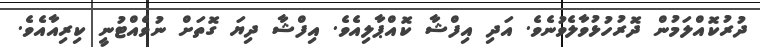
ދުރުކޮއްލަމުން ދޮރުހުޅުވާލެވުނެވެ. އަދި އިފްޝާ ކޮއްޕާލިއެވެ. އިފްޝާ ދިޔަ ގޮތަށް ނުވެއްޓުނީ ކިރިއާއެވެ.